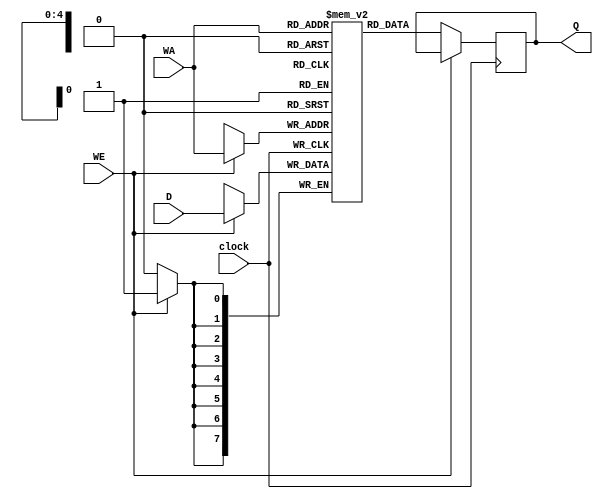
module DatapathRAM(
	input [7:0] D,
	input [4:0] WA,
	input WE, clock,
	output reg [7:0] Q
);

reg [7:0] memArray [31:0];

always @(posedge clock)begin
	if(WE == 1)
		memArray[WA] <= D;
	else
		Q <= memArray[WA];
end

endmodule